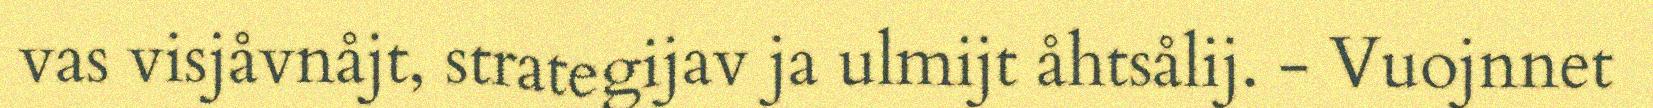
vas visjåvnåjt, strategijav ja ulmijt åhtsålij. - Vuojnnet